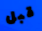
قبل